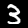
Label: 3